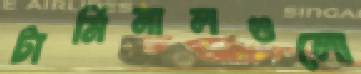
টার্মিনালগুলো